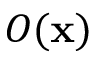
O ( \ensuremath { \mathbf { x } } )